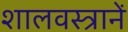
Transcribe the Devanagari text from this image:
शालवस्त्रानें